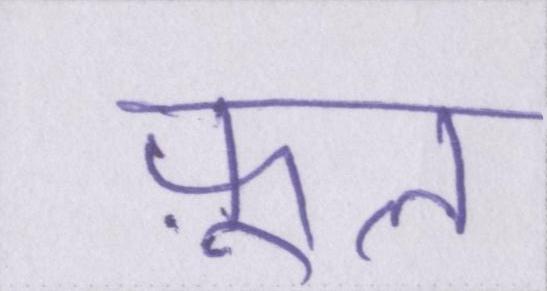
फ़ूल